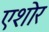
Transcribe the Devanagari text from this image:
एशोर